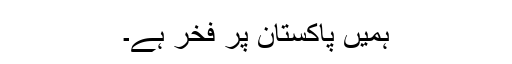
ہمیں پاکستان پر فخر ہے۔